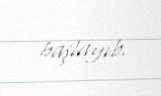
başlayıb.